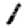
Digit: 1